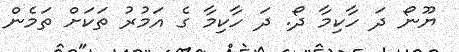
ޔޫނޯ ދަ ހާކިމާ ދޯ. ދަ ހާކިމާ ގެ އަމުރު ތަކަށް ތަމެން